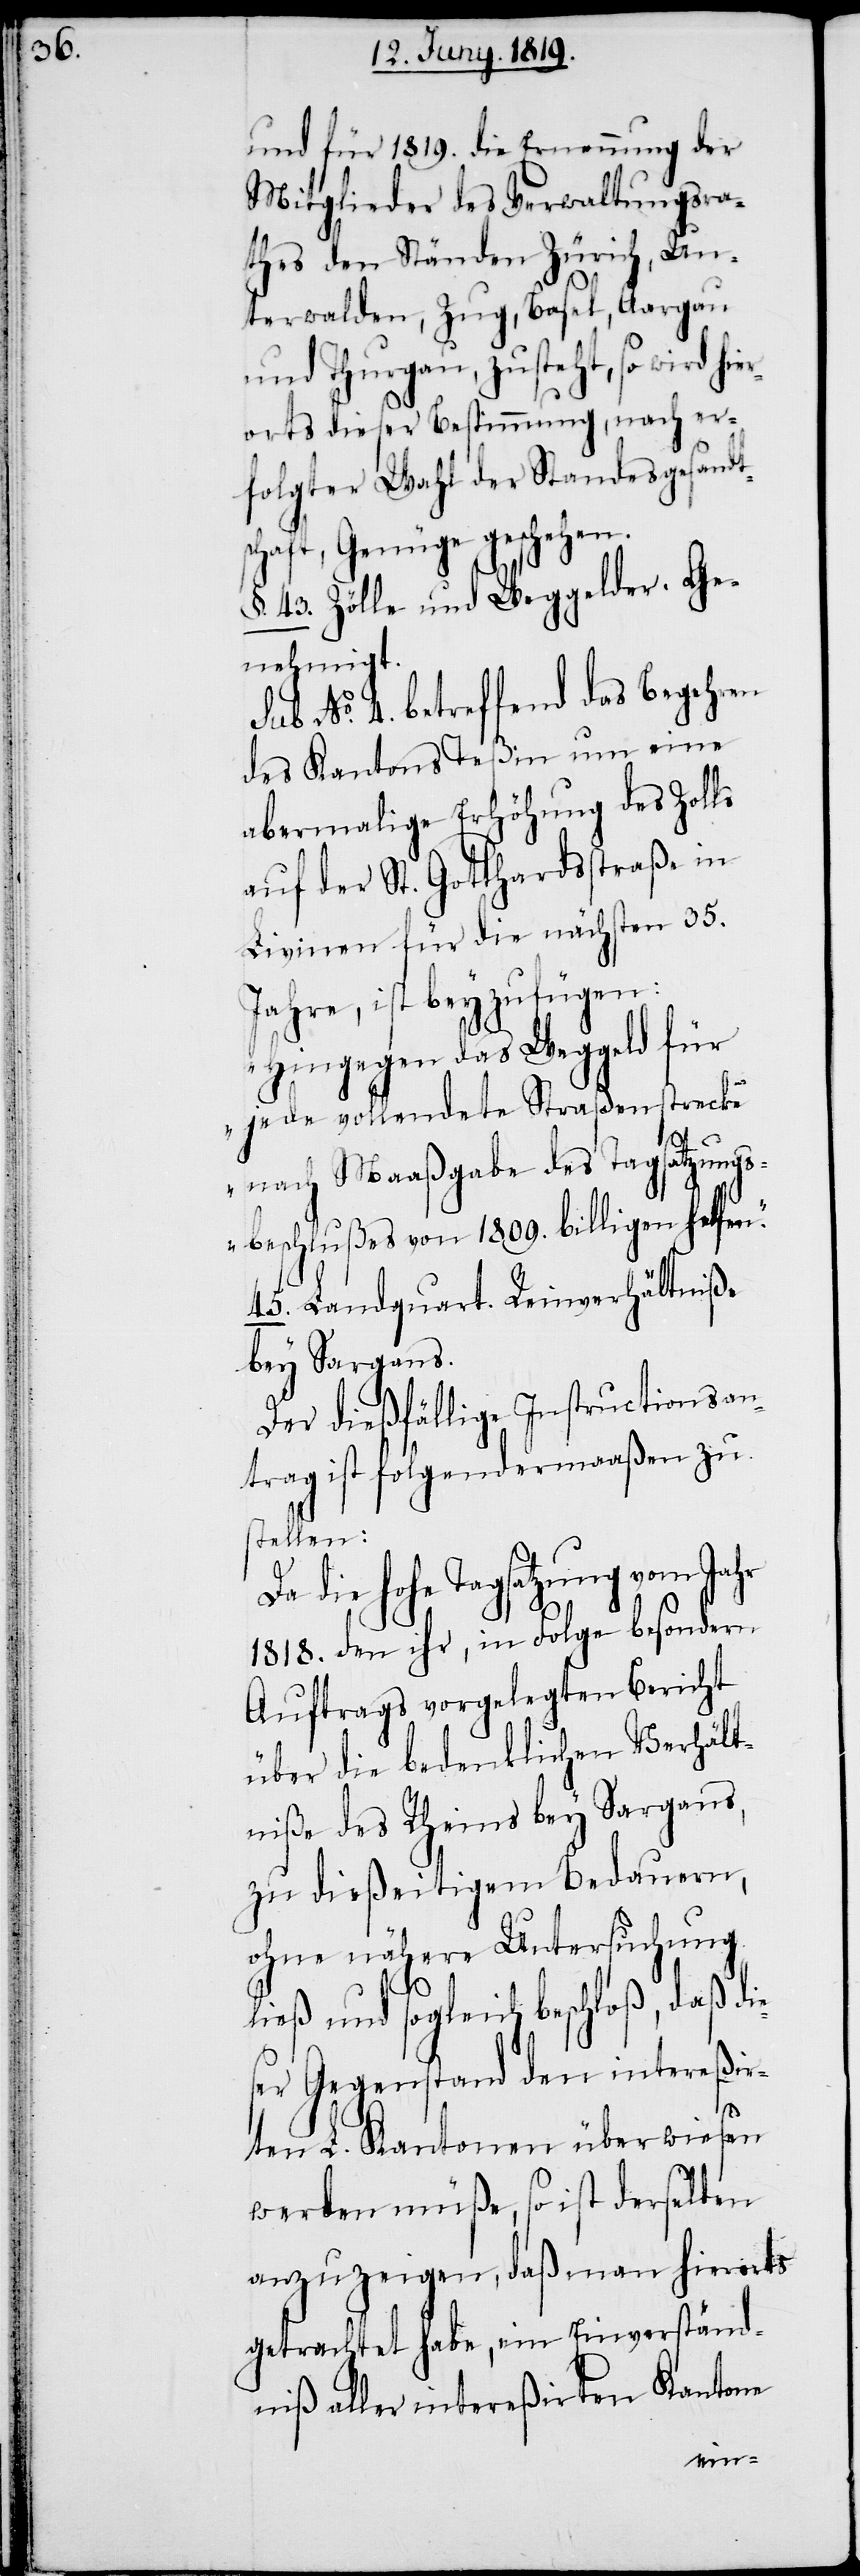
und für 1819. die Ernennung der
Mitglieder des Verwaltungsra¬
thes den Ständen Zürich, Un¬
terwalden, Zug, Basel, Aargau
und Thurgau, zusteht, so wird hie¬
rorts dieser Bestimmung, nach er¬
folgter Wahl der Standesgesandt¬
schaft, Genüge geschehen.
§. 43. Zölle und Weggelder: Ge¬
nehmigt.
Sub. No. 4. betreffend das Begehren
des Kantons Teßin um eine
abermalige Erhöhung des Zolls
auf der St. Gotthardstraße in
Livinen für die nächsten 35.
Jahre, ist beyzufügen:
„Hingegen das Weggeld für
jede vollendete Straßenstrecke
nach Maaßgabe des Tagsatzungs¬
beschlußes von 1809. billigen helfen.“
45. Landquart. Reinverhältniße
bey Sargans.
Der dießfällige Instructionsan¬
trag ist folgendermaaßen zu
stellen:
Da die hohe Tagsatzung vom Jahr
1809. den ihr, in Folge besondern
Auftrags vorgelegten Bericht
über die bedenklichen Verhält¬
niße des Rheins bey Sargans,
zu dießeitigem Bedauern,
ohne nähere Untersuchung
ließ und sogleich beschloß, daß die¬
ser Gegenstand den intereßir¬
ten L. Kantonen überwiesen
werden müße, so ist derselben
anzuzeigen, daß man hierorts
getrachtet habe, ein Einverständ¬
niß aller intereßirten Kantone